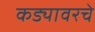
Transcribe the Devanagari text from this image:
कड्यावरचे